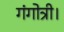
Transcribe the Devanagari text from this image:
गंगोत्री।